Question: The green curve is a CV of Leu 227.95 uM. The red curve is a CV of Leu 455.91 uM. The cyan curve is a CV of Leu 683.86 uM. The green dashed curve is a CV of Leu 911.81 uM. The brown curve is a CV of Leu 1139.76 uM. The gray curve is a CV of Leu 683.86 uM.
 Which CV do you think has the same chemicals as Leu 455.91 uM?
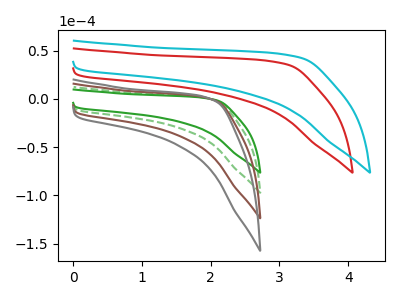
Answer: <think>The green curve "Leu 227.95 uM" has no peaks. The red curve "Leu 455.91 uM" has no peaks. The cyan curve "Leu 683.86 uM" has no peaks. The green dashed curve "Leu 911.81 uM" has no peaks. The brown curve "Leu 1139.76 uM" has no peaks. The gray curve "Leu 683.86 uM" has no peaks.
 Neither "Leu 227.95 uM" or "Leu 455.91 uM" have any peaks. Neither "Leu 227.95 uM" or "Leu 683.86 uM" have any peaks. Neither "Leu 227.95 uM" or "Leu 911.81 uM" have any peaks. Neither "Leu 227.95 uM" or "Leu 1139.76 uM" have any peaks. Neither "Leu 227.95 uM" or "Leu 683.86 uM" have any peaks. Neither "Leu 455.91 uM" or "Leu 683.86 uM" have any peaks. Neither "Leu 455.91 uM" or "Leu 911.81 uM" have any peaks. Neither "Leu 455.91 uM" or "Leu 1139.76 uM" have any peaks. Neither "Leu 455.91 uM" or "Leu 683.86 uM" have any peaks. Neither "Leu 683.86 uM" or "Leu 911.81 uM" have any peaks. Neither "Leu 683.86 uM" or "Leu 1139.76 uM" have any peaks. Neither "Leu 683.86 uM" or "Leu 683.86 uM" have any peaks. Neither "Leu 911.81 uM" or "Leu 1139.76 uM" have any peaks. Neither "Leu 911.81 uM" or "Leu 683.86 uM" have any peaks. Neither "Leu 1139.76 uM" or "Leu 683.86 uM" have any peaks.</think>
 <answer>"Leu 455.91 uM", "Leu 683.86 uM", "Leu 911.81 uM", "Leu 1139.76 uM" and "Leu 683.86 uM" have a similar shape to "Leu 227.95 uM".</answer>
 <eval>"Leu 455.91 uM" "Leu 683.86 uM" "Leu 911.81 uM" "Leu 1139.76 uM" "Leu 683.86 uM"</eval>